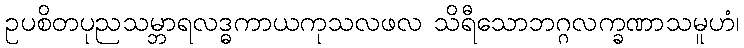
ဥပစိတပုညသမ္ဘာရလဒ္ဓကာယကုသလဖလ သိရီသောဘဂ္ဂလက္ခဏာသမူဟံ၊